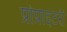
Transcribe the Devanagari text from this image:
प्रोप्राइटरी